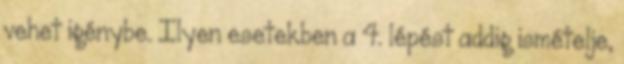
vehet igénybe. Ilyen esetekben a 4. lépést addig ismételje,